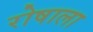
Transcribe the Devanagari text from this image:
रोषाला